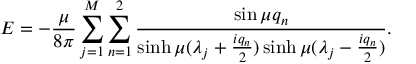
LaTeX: E = - { \frac { \mu } { 8 \pi } } \sum _ { j = 1 } ^ { M } \sum _ { n = 1 } ^ { 2 } { \frac { \sin \mu q _ { n } } { \sinh \mu ( \lambda _ { j } + { \frac { i q _ { n } } { 2 } } ) \sinh \mu ( \lambda _ { j } - { \frac { i q _ { n } } { 2 } } ) } } .